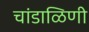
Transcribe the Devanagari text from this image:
चांडाळिणी